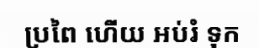
ប្រពៃ ហើយ អប់រំ ទុក